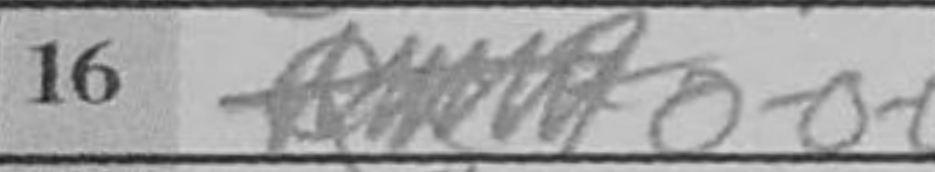
Transcription: O-O-O